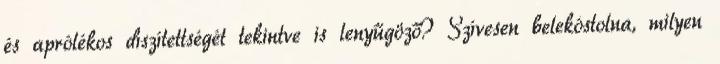
és aprólékos díszítettségét tekintve is lenyűgöző? Szívesen belekóstolna, milyen